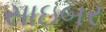
સાઇબર